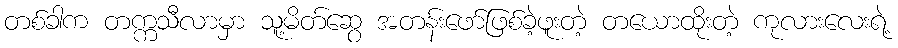
တစ်ခါက တက္ကသီလာမှာ သူ့မိတ်ဆွေ အတန်းဖော်ဖြစ်ခဲ့ဖူးတဲ့ တယောထိုးတဲ့ ကုလားလေးရဲ့